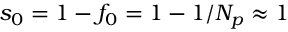
s _ { 0 } = 1 - f _ { 0 } = 1 - 1 / N _ { p } \approx 1